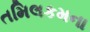
તમિલકમના